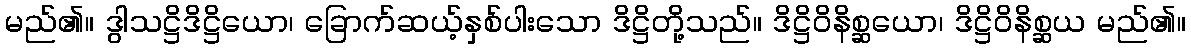
မည်၏။ ဒွါသဋ္ဌိဒိဋ္ဌိယော၊ ခြောက်ဆယ့်နှစ်ပါးသော ဒိဋ္ဌိတို့သည်။ ဒိဋ္ဌိဝိနိစ္ဆယော၊ ဒိဋ္ဌိဝိနိစ္ဆယ မည်၏။